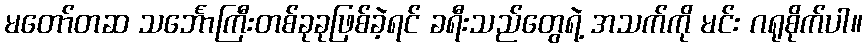
မတော်တဆ သင်္ဘောကြီးတစ်ခုခုဖြစ်ခဲ့ရင် ခရီးသည်တွေရဲ့ အသက်ကို မင်း ဂရုစိုက်ပါ။